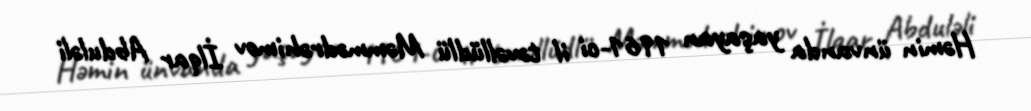
Həmin ünvanda yaşayan 1961-ci il təvəllüdlü Məmmədrəhimov İlqar Abduləli